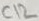
Text: C12